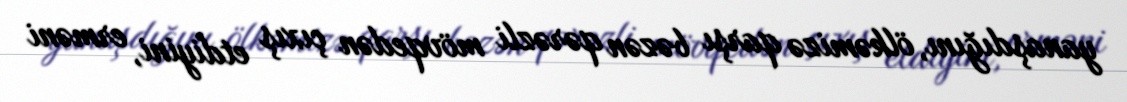
yanaşdığını, ölkəmizə qarşı bəzən qərəzli mövqedən çıxış etdiyini, erməni